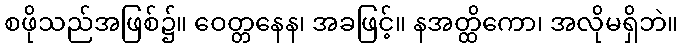
စဖိုသည်အဖြစ်၌။ ဝေတ္တနေန၊ အခဖြင့်။ နအတ္ထိကော၊ အလိုမရှိဘဲ။